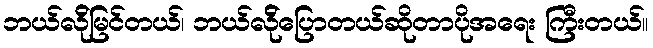
ဘယ်လ်ိုမြင်တယ်၊ ဘယ်လ်ိုပြောတယ်ဆိုတာပိုအရေး ကြီးတယ်။